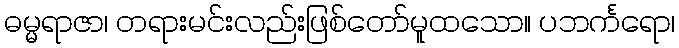
ဓမ္မရာဇာ၊ တရားမင်းလည်းဖြစ်တော်မူထသော။ ပဘင်္ကရော၊